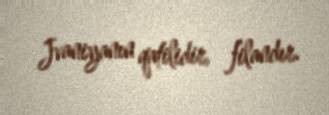
Jvaniyanın qatilidir, filandır.